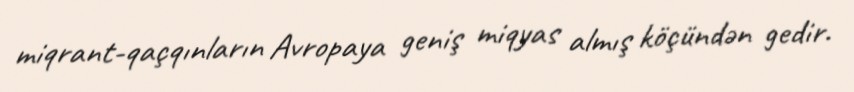
miqrant-qaçqınların Avropaya geniş miqyas almış köçündən gedir.